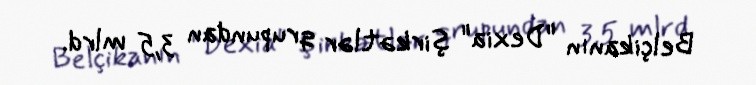
Belçikanın "Dexia" şirkətlər qrupundan 3,5 mlrd.